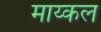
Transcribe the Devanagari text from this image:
माय्कल